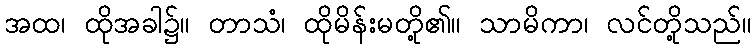
အထ၊ ထိုအခါ၌။ တာသံ၊ ထိုမိန်းမတို့၏။ သာမိကာ၊ လင်တို့သည်။